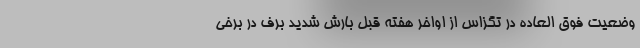
وضعیت فوق العاده در تگزاس از اواخر هفته قبل بارش شدید برف در برخی